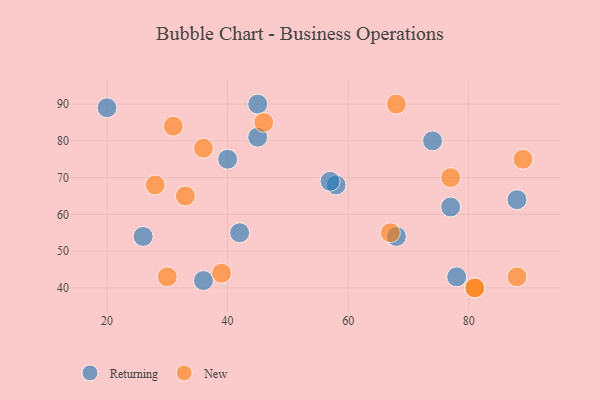
{"axis": {"x": "GDP", "y": "Life Expectancy"}, "legend": ["New", "Returning"], "data": [{"x": "68", "y": 54, "type": "Returning"}, {"x": "58", "y": 68, "type": "Returning"}, {"x": "77", "y": 62, "type": "Returning"}, {"x": "42", "y": 55, "type": "Returning"}, {"x": "40", "y": 75, "type": "Returning"}, {"x": "45", "y": 81, "type": "Returning"}, {"x": "78", "y": 43, "type": "Returning"}, {"x": "26", "y": 54, "type": "Returning"}, {"x": "57", "y": 69, "type": "Returning"}, {"x": "20", "y": 89, "type": "Returning"}, {"x": "74", "y": 80, "type": "Returning"}, {"x": "45", "y": 90, "type": "Returning"}, {"x": "36", "y": 42, "type": "Returning"}, {"x": "88", "y": 64, "type": "Returning"}, {"x": "30", "y": 43, "type": "New"}, {"x": "88", "y": 43, "type": "New"}, {"x": "89", "y": 75, "type": "New"}, {"x": "31", "y": 84, "type": "New"}, {"x": "28", "y": 68, "type": "New"}, {"x": "67", "y": 55, "type": "New"}, {"x": "68", "y": 90, "type": "New"}, {"x": "81", "y": 40, "type": "New"}, {"x": "46", "y": 85, "type": "New"}, {"x": "77", "y": 70, "type": "New"}, {"x": "81", "y": 40, "type": "New"}, {"x": "39", "y": 44, "type": "New"}, {"x": "36", "y": 78, "type": "New"}, {"x": "33", "y": 65, "type": "New"}]}